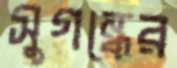
সুগন্ধের